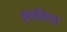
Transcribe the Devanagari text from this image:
इबतिदा